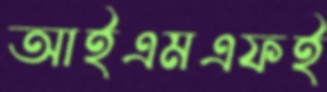
আইএমএফই